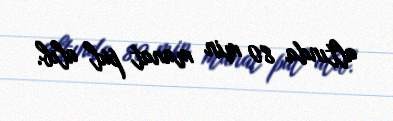
altında 80 min manat pul alıb.